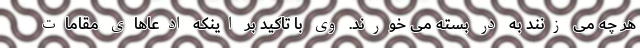
هر چه می زنند به در بسته می خورند. وی با تاکید بر اینکه ادعاهای مقامات